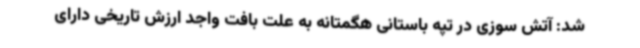
شد: آتش سوزی در تپه باستانی هگمتانه به علت بافت واجد ارزش تاریخی دارای